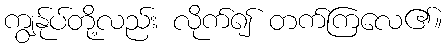
ကျွန်ုပ်တို့လည်း လိုက်၍ တက်ကြလေ၏။